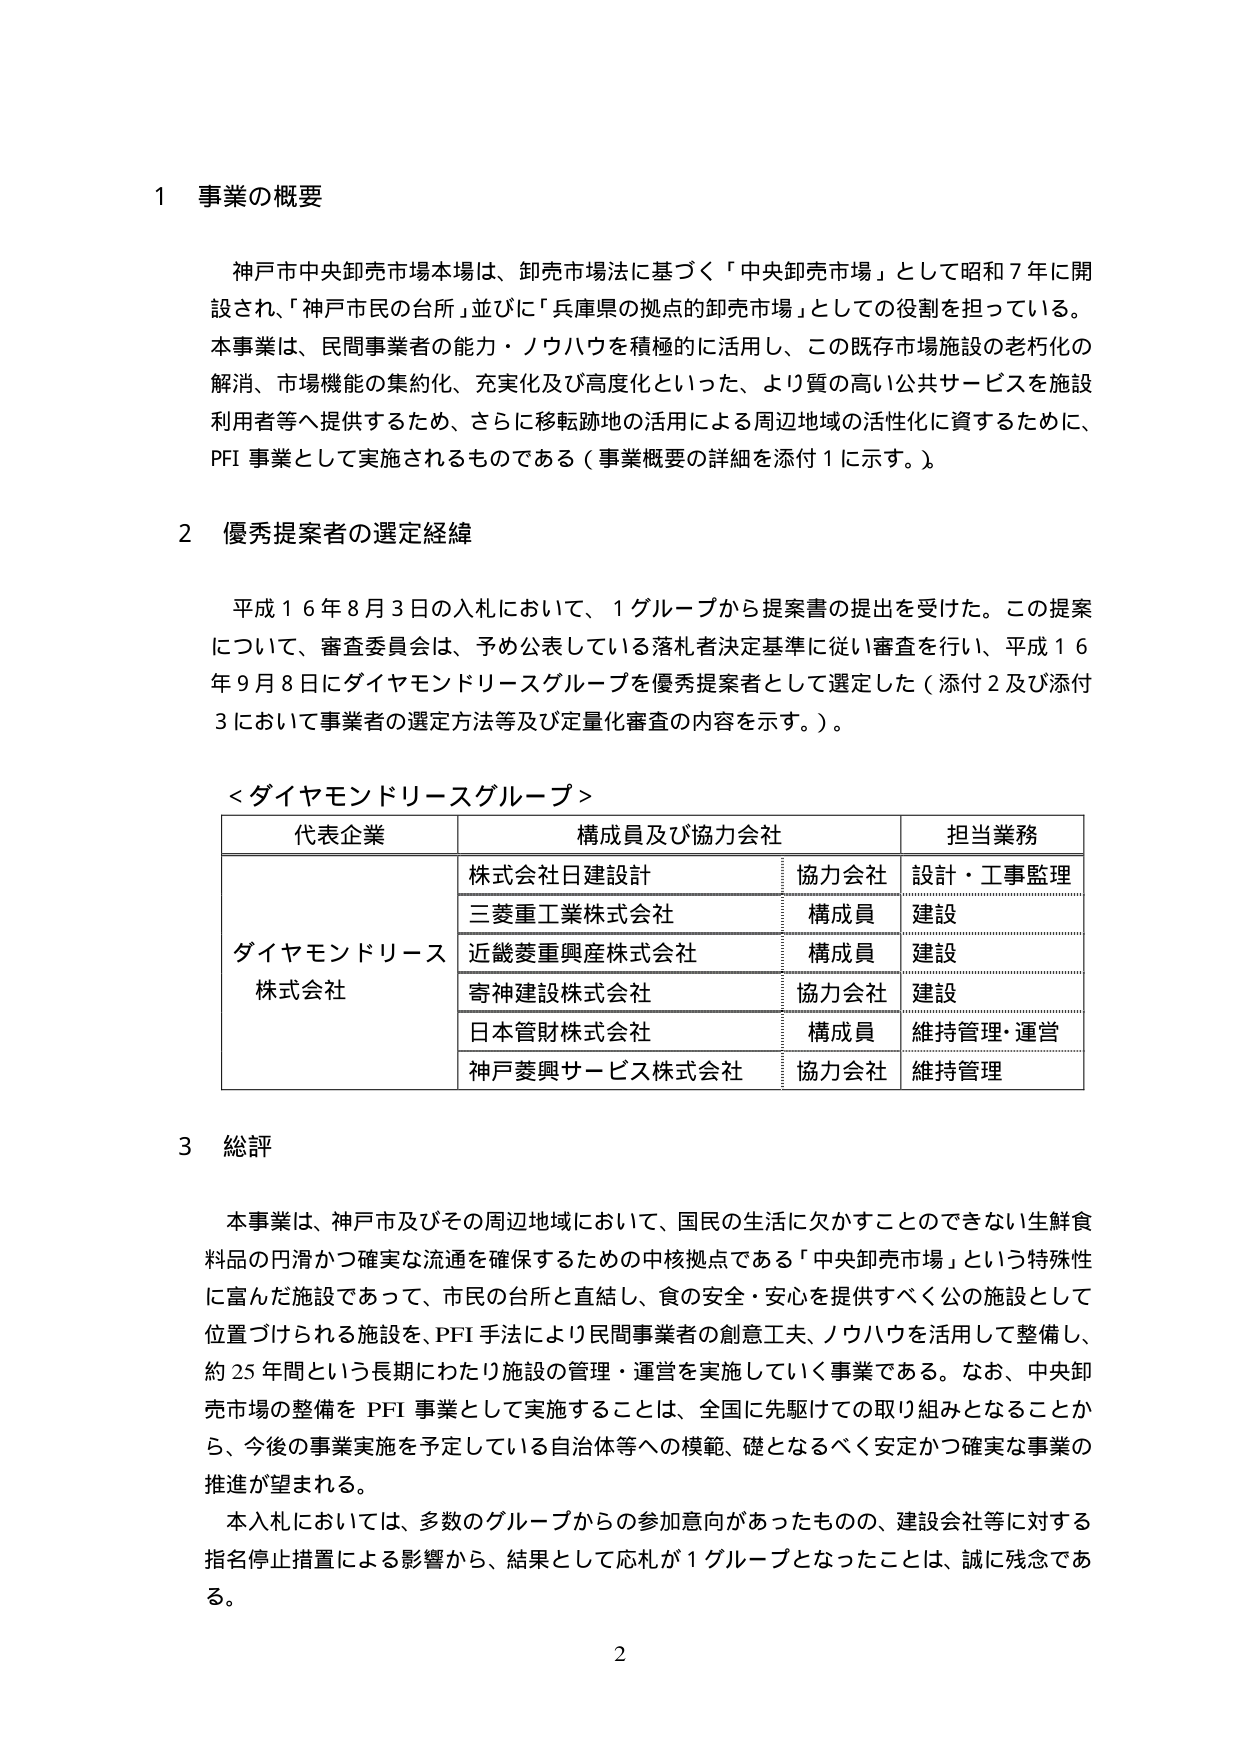
1 事業の概要

神戸市中央卸売市場本場は、卸売市場法に基づく「中央卸売市場」として昭和７年に開設され、「神戸市民の台所」並びに「兵庫県の拠点的卸売市場」としての役割を担っている。本事業は、民間事業者の能力・ノウハウを積極的に活用し、この既存市場施設の老朽化の解消、市場機能の集約化、充実化及び高度化といった、より質の高い公共サービスを施設利用者等へ提供するため、さらに移転跡地の活用による周辺地域の活性化に資するために、PFI事業として実施されるものである（事業概要の詳細を添付１に示す。）。

2 優秀提案者の選定経緯

平成１６年８月３日の入札において、１グループから提案書の提出を受けた。この提案について、審査委員会は、予め公表している落札者決定基準に従い審査を行い、平成１６年９月８日にダイヤモンドリースグループを優秀提案者として選定した（添付２及び添付３において事業者の選定方法等及び定量化審査の内容を示す。）。

＜ダイヤモンドリースグループ＞

| 代表企業 | 構成員及び協力会社 | 担当業務 |
|----------|------------------|----------|
| ダイヤモンドリース株式会社 | 株式会社日建設計 | 協力会社 | 設計・工事監理 |
| | 三菱重工業株式会社 | 構成員 | 建設 |
| | 近畿菱重興産株式会社 | 構成員 | 建設 |
| | 寄神建設株式会社 | 協力会社 | 建設 |
| | 日本管財株式会社 | 構成員 | 維持管理・運営 |
| | 神戸菱興サービス株式会社 | 協力会社 | 維持管理 |

3 総評

本事業は、神戸市及びその周辺地域において、国民の生活に欠かすことのできない生鮮食料品の円滑かつ確実な流通を確保するための中核拠点である「中央卸売市場」という特殊性に富んだ施設であって、市民の台所と直結し、食の安全・安心を提供すべく公の施設として位置づけられる施設を、PFI手法により民間事業者の創意工夫、ノウハウを活用して整備し、約25年間という長期にわたり施設の管理・運営を実施していく事業である。なお、中央卸売市場の整備をPFI事業として実施することは、全国に先駆けての取り組みとなることから、今後の事業実施を予定している自治体等への模範、礎となるべく安定かつ確実な事業の推進が望まれる。

本入札においては、多数のグループからの参加意向があったものの、建設会社等に対する指名停止措置による影響から、結果として応札が１グループとなったことは、誠に残念である。

2